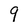
Character: 9